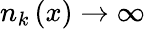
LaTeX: n_{k}\left(x\right)\rightarrow\infty